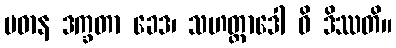
ပဓာန ဒက္ခတာ ခေဒ၊ သဟတ္ထာဒေါ ဝိ ဒိဿတိ။